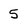
Character: 5